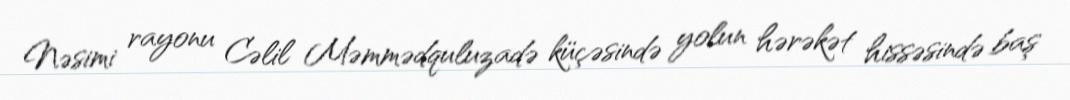
Nəsimi rayonu Cəlil Məmmədquluzadə küçəsində yolun hərəkət hissəsində baş